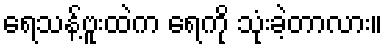
ရေသန့်ဗူးထဲက ရေကို သုံးခဲ့တာလား။